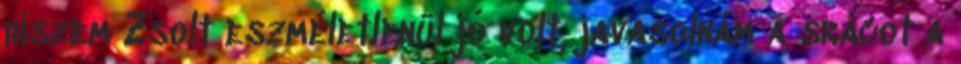
hiszem Zsolt eszméletlenül jó volt, javasolnám a srácot a